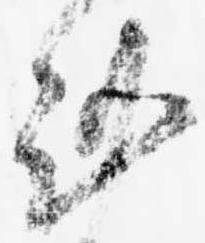
謹